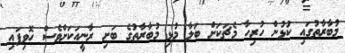
މުބާރާތުގައި ކުޅުން ހުރިހާ މެޗަކަށް ބަލާ މުޅި މުބާރާތުގެ ބަށި ރާނީއަކަށްވެސް ހޮވިފައި